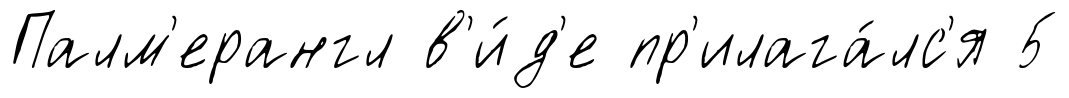
Палм'ерангл в'и́д'е пр'илага́лс'я 5